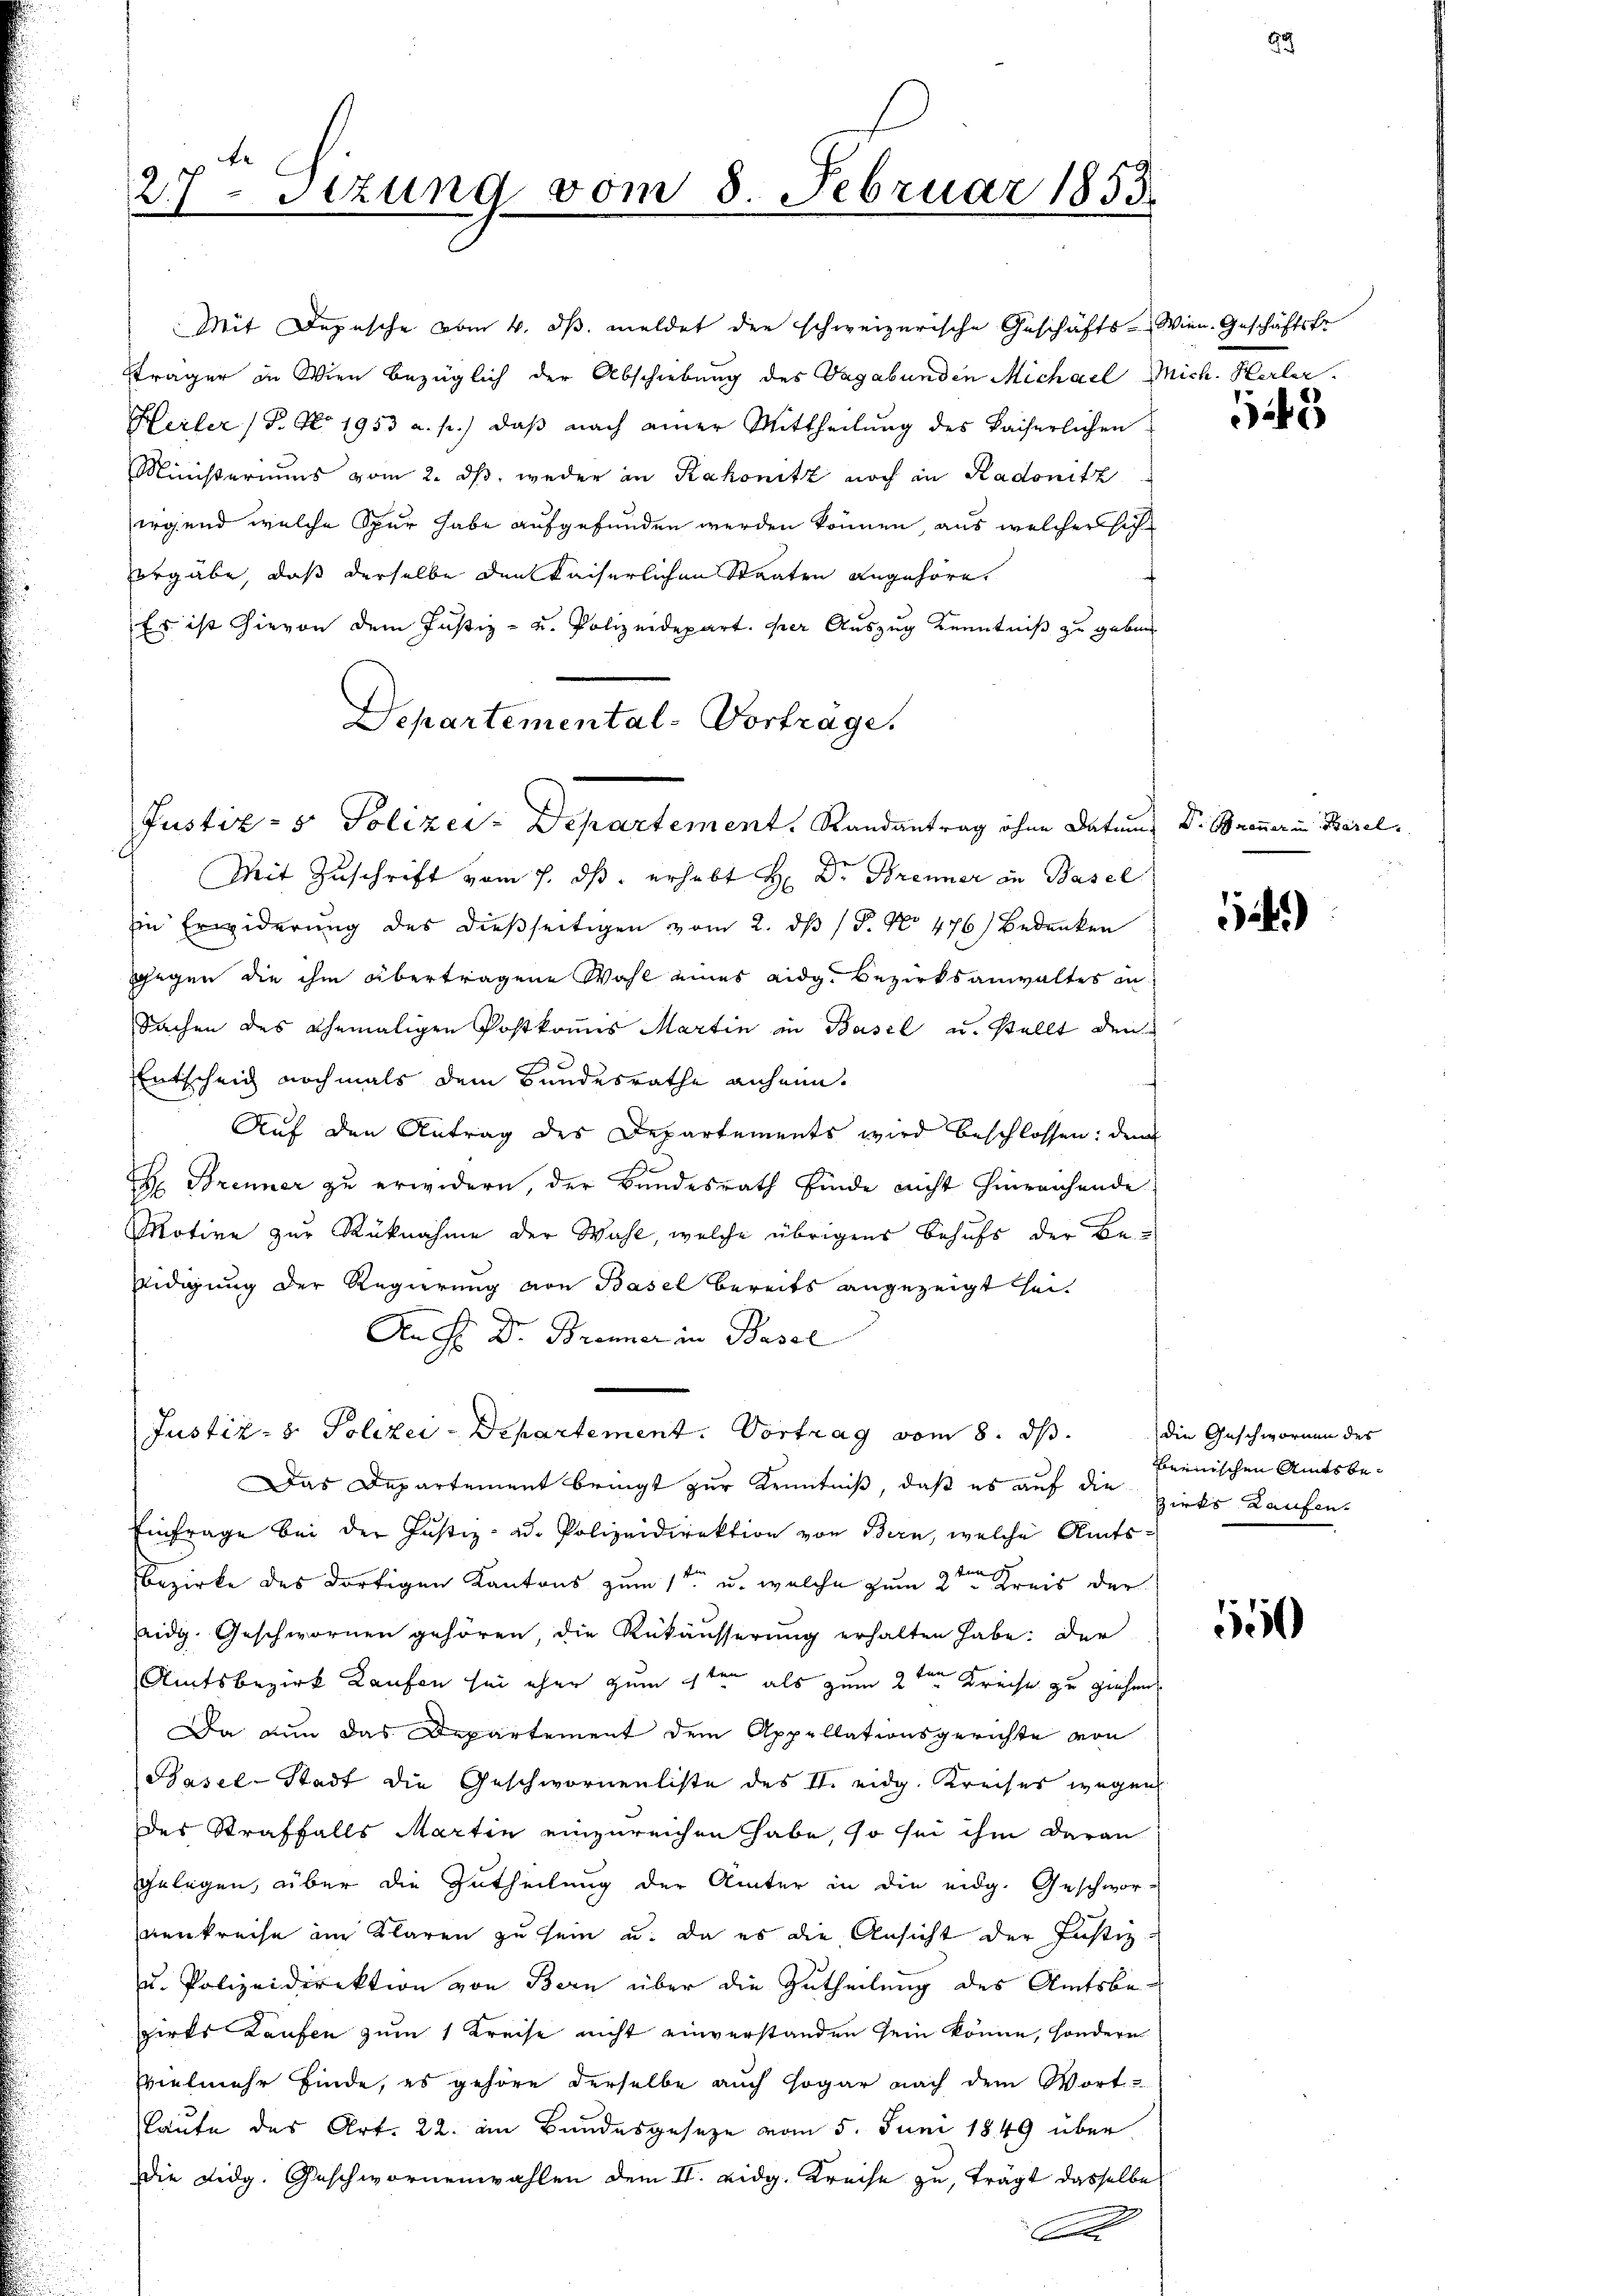
27- Sizung vom 8. Februar 1853.

Mit Depesche vom 4. ds. meldet die schweizerische Geschäfts-Wien. Geschäftstr
sträger in Wien bezüglich der Abschiebung des Vagabunden Michael Mich. Herler.
Heiler (T. No. 1953 a. p.) daß nach einer Mittheilung des kaiserlichen
Ministeriums vom 2. ds, weder an Kakonitz noch in Kadonitz
irgend welche Spur habe aufgefunden werden können, aus welcher sich
ergäbe, daß derselbe den Kaiserlichen Staaten angehöre.
Es ist hievon dem Justiz- u. Polizeidepart. per Auszug Kenntniß zu geben
Departemental-Vortrage.
Justiz- & Polizer-Departement. Randantrag ohne Datum Dr. Brenner in Basel
Mit Zuschrift vom 7. ds. erhebt H. Dr. Brenner in Basel
Ein Erwiderung des dießseitigen vom 2. ds P. No 476) Bedenken
gegen die ihm übertragene Wahl eines eidg. Bezirksanwaltes in
Sachen des ehemaligen Postkomis Martin in Basel u. stellt den
Entscheid nochmals dem Bundesrathe anheim.
Auf den Antrag des Departements wird beschlossen: dem
f
H: Brenner zu erwidern, der Bundesrath finde nicht hinreichende
Motive zur Rücknahme der Wahl, welche übrigens Behufs der Be¬
Eidigung der Regierung von Basel bereits angezeigt sei.
An Hr. Dr. Brenner in Basel
Justiz- & Polizei-Departement. Vortrag vom 8. ds.
Das Departement bringt zur Kenntniß, daß es auf die zirks Kaufen¬
Einfrage bei der Justiz- u. Polizeidirektion von Bern, welche Amts¬
Bezirke des dortigen Kantons zum 1ten u. welche zum 2ten Kreis der
idg. Geschwornen gehören die Rükäusserung erhalten habe: Der
Amtsbezirk Laufen sei eher zum 1ten als zum 2ten Kreise zu ziehen
Da nun das Departement dem Appellationsgerichte von
Basel-Stadt die Geschwornenliste des II. eidg. Kreises wegen
des Straffalls Martin einzureichen habe, so sei ihm daran
ggelegen, über die Zutheilung der Ämter in die eidg. Geschwor-
neukreise im Klaren zu sein u. da es die Ansicht der Justiz-
u. Polizeidirektion von Bern über die Zutheilung des Amtsbezirks Laufen zum 1 Kreise nicht einverstanden sein könne, sondern
Vielmehr finde, es gehöre derselbe auch sogar nach dem Wort-
laute des Art. 22. am Bundesgesetze vom 5. Juni 1849 über
Die Fidg. Geschwornenwahlen dem II. eidg. Kreise zu, trägt dasselbe
g
B

6

24)

die Geschwornen des
renischen Amtsbe¬

550